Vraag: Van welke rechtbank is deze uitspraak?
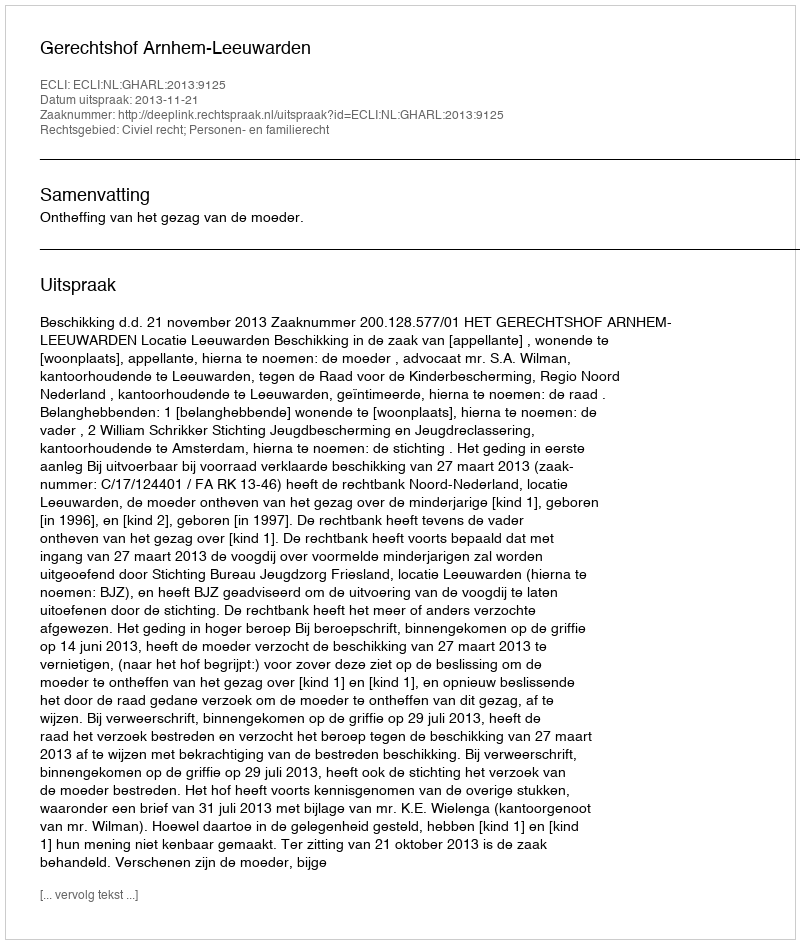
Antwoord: Gerechtshof Arnhem-Leeuwarden